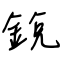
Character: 銳